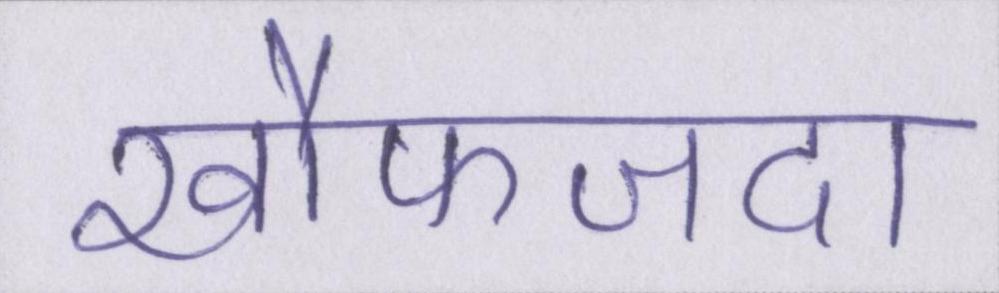
खौफजदा